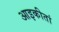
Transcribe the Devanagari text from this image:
आइकीतां